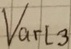
Text: Varl3